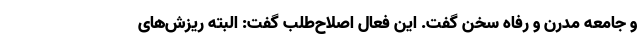
و جامعه مدرن و رفاه سخن گفت. این فعال اصلاح‌طلب گفت: البته ریزش‌های